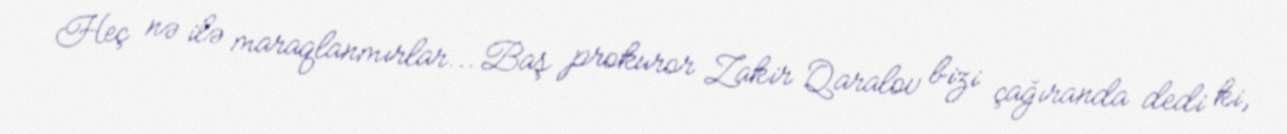
Heç nə ilə maraqlanmırlar... Baş prokuror Zakir Qaralov bizi çağıranda dedi ki,